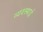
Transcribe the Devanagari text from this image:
व्यवस्थाई